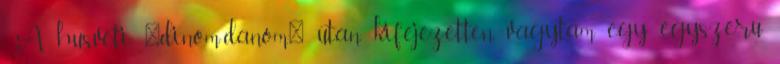
. A husveti "dinom-danom" utan kifejezetten vagytam egy egyszeru